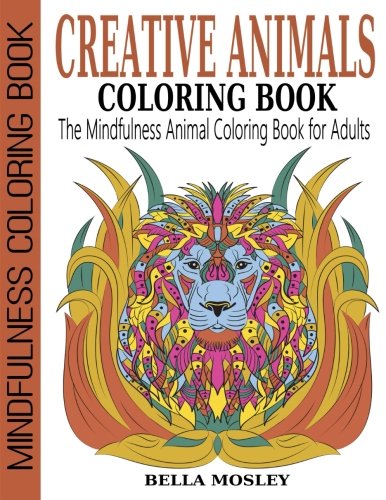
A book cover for Creative Animals Coloring Book: The Mindfulness Animal Coloring Book for Adults (Mindfulness Coloring Book, Art Therapy Coloring Book) (Volume 1); Bella Mosley; Crafts, Hobbies & Home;